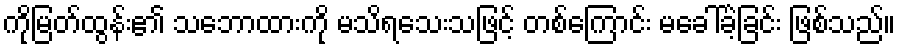
ကိုမြတ်ထွန်း၏ သဘောထားကို မသိရသေးသဖြင့် တစ်ကြောင်း မခေါ်ခဲ့ခြင်း ဖြစ်သည်။